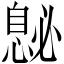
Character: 𪬤